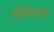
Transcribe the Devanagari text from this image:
वोलेनटरी